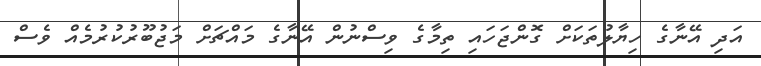
އަދި އޭނާގެ ހިޔާލުތަކަށް ގޮންޖަހައި ތިމާގެ ވިސްނުން އޭނާގެ މައްޗަށް މަޖުބޫރުކުރުމެއް ވެސް